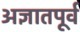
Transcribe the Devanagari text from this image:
अज्ञातपूर्व